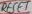
Text: RESET